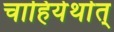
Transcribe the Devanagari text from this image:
चाहियेर्थात्